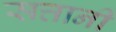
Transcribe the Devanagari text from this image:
सत्तानी